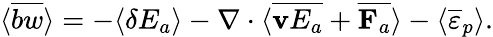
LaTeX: \langle\overline{{bw}}\rangle=-\langle\delta E_{a}\rangle-\nabla\cdot\langle\overline{{{\mathbf v}E_{a}}}+\overline{{{\mathbf F}_{a}}}\rangle-\langle\overline{{\varepsilon}}_{p}\rangle.